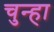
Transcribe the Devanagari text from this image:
चुन्हा